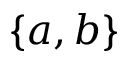
\{ a , b \}